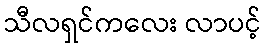
သီလရှင်ကလေး လာပင့်